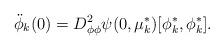
LaTeX: \begin{align*}\ddot \phi_k(0)=D^2_{\phi\phi}\psi(0,\mu^*_{k})[\phi^*_k,\phi^*_k].\end{align*}